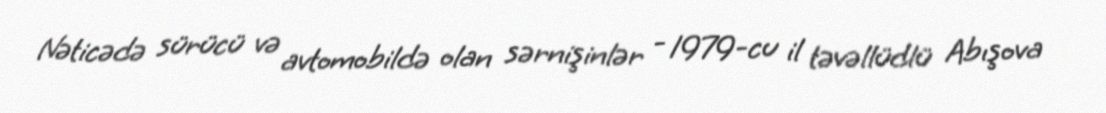
Nəticədə sürücü və avtomobildə olan sərnişinlər - 1979-cu il təvəllüdlü Abışova